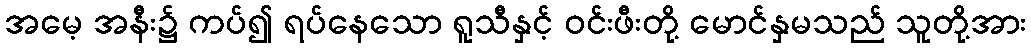
အမေ့ အနီး၌ ကပ်၍ ရပ်နေသော ရူသီနှင့် ဝင်းဖီးတို့ မောင်နှမသည် သူတို့အား